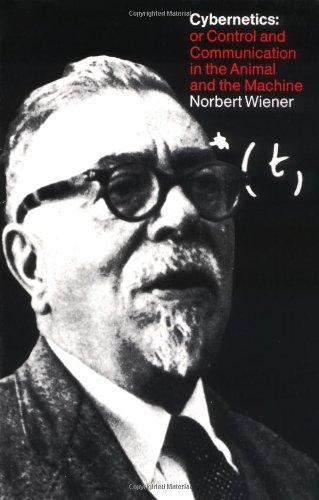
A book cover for Cybernetics, Second Edition: or the Control and Communication in the Animal and the Machine; Norbert Wiener; Computers & Technology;